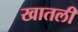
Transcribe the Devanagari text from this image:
खातली